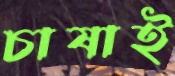
চাষাই